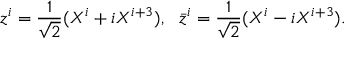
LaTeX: z ^ { i } = \frac { 1 } { \sqrt { 2 } } ( X ^ { i } + i X ^ { i + 3 } ) , ~ ~ \bar { z } ^ { i } = \frac { 1 } { \sqrt { 2 } } ( X ^ { i } - i X ^ { i + 3 } ) .